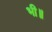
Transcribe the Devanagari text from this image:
भी॥